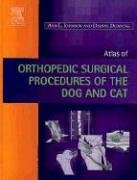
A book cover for Atlas of  Orthopedic Surgical Procedures of the Dog and Cat, 1e; Ann L. Johnson DVM  MS; Medical Books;